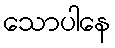
သောပါနေ